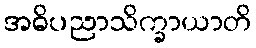
အဓိပညာသိက္ခာယာတိ